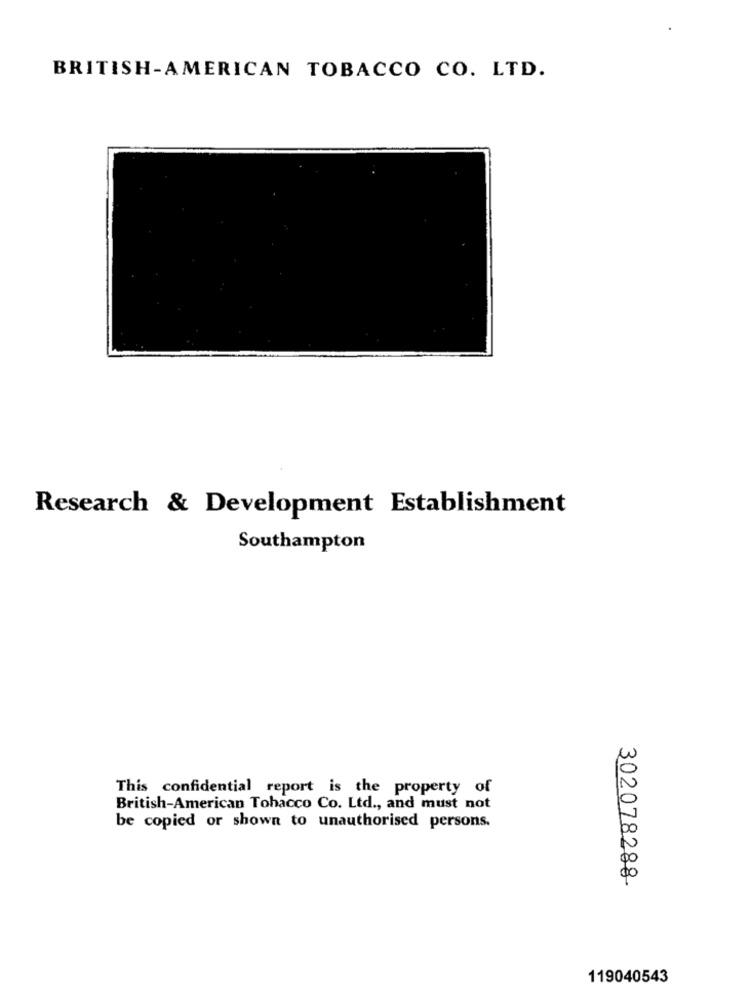
BRITISH-AMERICAN TOBACCO CO. LTD.
Research & Development Establishment
Southampton
This confidential report is the property of
British-American Tobacco Co. Ltd ., and must not
be copied or shown to unauthorised persons.
302078288-
119040543